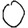
Digit: 0